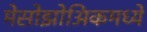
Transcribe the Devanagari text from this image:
मेसोझोअिकमध्ये